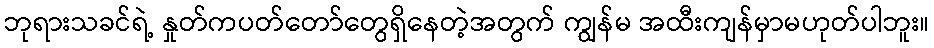
ဘုရားသခင်ရဲ့ နှုတ်ကပတ်တော်တွေရှိနေတဲ့အတွက် ကျွန်မ အထီးကျန်မှာမဟုတ်ပါဘူး။